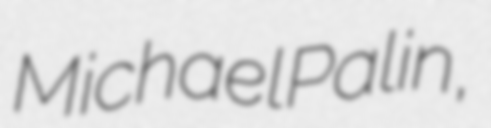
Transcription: Michael Palin,